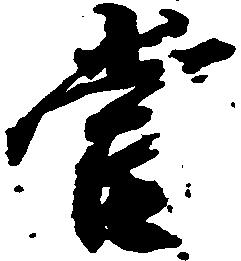
当